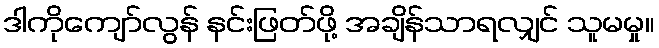
ဒါကိုကျော်လွန် နင်းဖြတ်ဖို့ အချိန်သာရလျှင် သူမမှု။